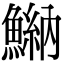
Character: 𩹾